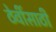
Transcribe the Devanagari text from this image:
ठेवींसाठी